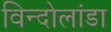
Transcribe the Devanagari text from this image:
विन्दोलांडा